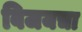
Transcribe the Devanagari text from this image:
विजयचा